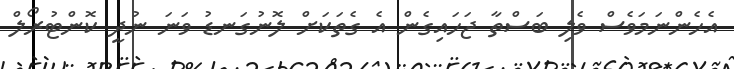
އެހެންނަމަވެސް ވެލި ބަސްތާ ޖަހައިގެން އެ ގެތަކަށް ލޮނުގަނޑު ވަނަ ނުދީ ކޮންޓުރޯލް